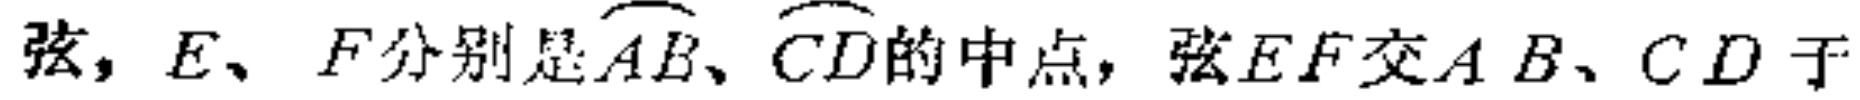
弦，$E、F$分别是$\overset{\frown}{AB}$、$\overset{\frown}{CD}$的中点，弦$EF$交$AB$、$CD$于